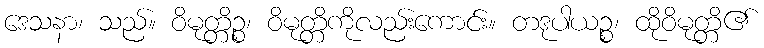
ဒေသနာ၊ သည်။ ဝိမုတ္တိဉ္စ၊ ဝိမုတ္တိကိုလည်းကောင်း။ တဒုပါယဉ္စ၊ ထိုဝိမုတ္တိ၏